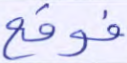
فوقع